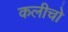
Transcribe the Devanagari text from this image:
कलीचो